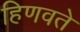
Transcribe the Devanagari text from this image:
हिणवते